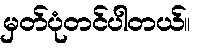
မှတ်ပုံတင်ပါတယ်။